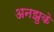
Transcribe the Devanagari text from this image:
अनझुके